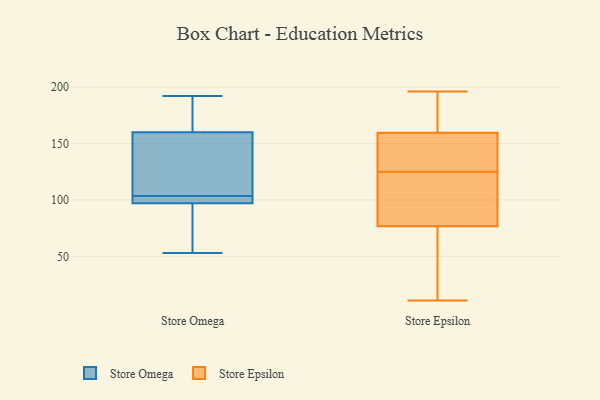
{"axis": {"x": "Inventory Turnover", "y": "Value"}, "legend": ["Store Epsilon", "Store Omega"], "data": [{"x": "", "y": 104, "type": "Store Omega"}, {"x": "", "y": 85, "type": "Store Omega"}, {"x": "", "y": 192, "type": "Store Omega"}, {"x": "", "y": 103, "type": "Store Omega"}, {"x": "", "y": 97, "type": "Store Omega"}, {"x": "", "y": 164, "type": "Store Omega"}, {"x": "", "y": 143, "type": "Store Omega"}, {"x": "", "y": 102, "type": "Store Omega"}, {"x": "", "y": 160, "type": "Store Omega"}, {"x": "", "y": 53, "type": "Store Omega"}, {"x": "", "y": 86, "type": "Store Epsilon"}, {"x": "", "y": 52, "type": "Store Epsilon"}, {"x": "", "y": 130, "type": "Store Epsilon"}, {"x": "", "y": 29, "type": "Store Epsilon"}, {"x": "", "y": 82, "type": "Store Epsilon"}, {"x": "", "y": 125, "type": "Store Epsilon"}, {"x": "", "y": 75, "type": "Store Epsilon"}, {"x": "", "y": 110, "type": "Store Epsilon"}, {"x": "", "y": 125, "type": "Store Epsilon"}, {"x": "", "y": 196, "type": "Store Epsilon"}, {"x": "", "y": 166, "type": "Store Epsilon"}, {"x": "", "y": 11, "type": "Store Epsilon"}, {"x": "", "y": 187, "type": "Store Epsilon"}, {"x": "", "y": 140, "type": "Store Epsilon"}, {"x": "", "y": 170, "type": "Store Epsilon"}]}